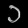
Digit: ၁